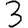
Digit: 3